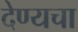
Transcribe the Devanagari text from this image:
देण्यचा